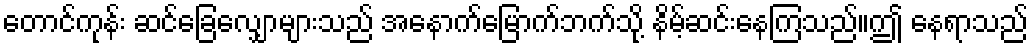
တောင်ကုန်း ဆင်ခြေလျှောများသည် အနောက်မြောက်ဘက်သို့ နိမ့်ဆင်းနေကြသည်။ဤ နေရာသည်